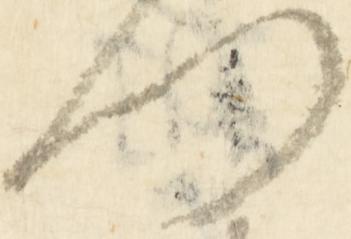
門